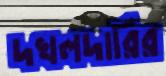
দখলদারির